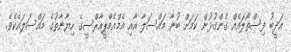
އަދީބު ފިސްތޯލައެއް ގެންގުޅުން ކަމަށް ބުނާ މައްސަލާ އާއި އެމްއެމްޕީއާރްސީގެ ހިޔާނާތުގެ މައްސަލައެކެވެ.